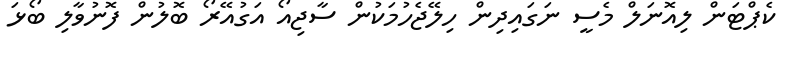
ކެޕްޓަން ލިއޮނަލް މެސީ ނަގައިދިން ހިލޭޖެހުމަކުން ސާޖިއޯ އަގުއޭރޯ ބޮލުން ފޮނުވާލި ބޯޅަ